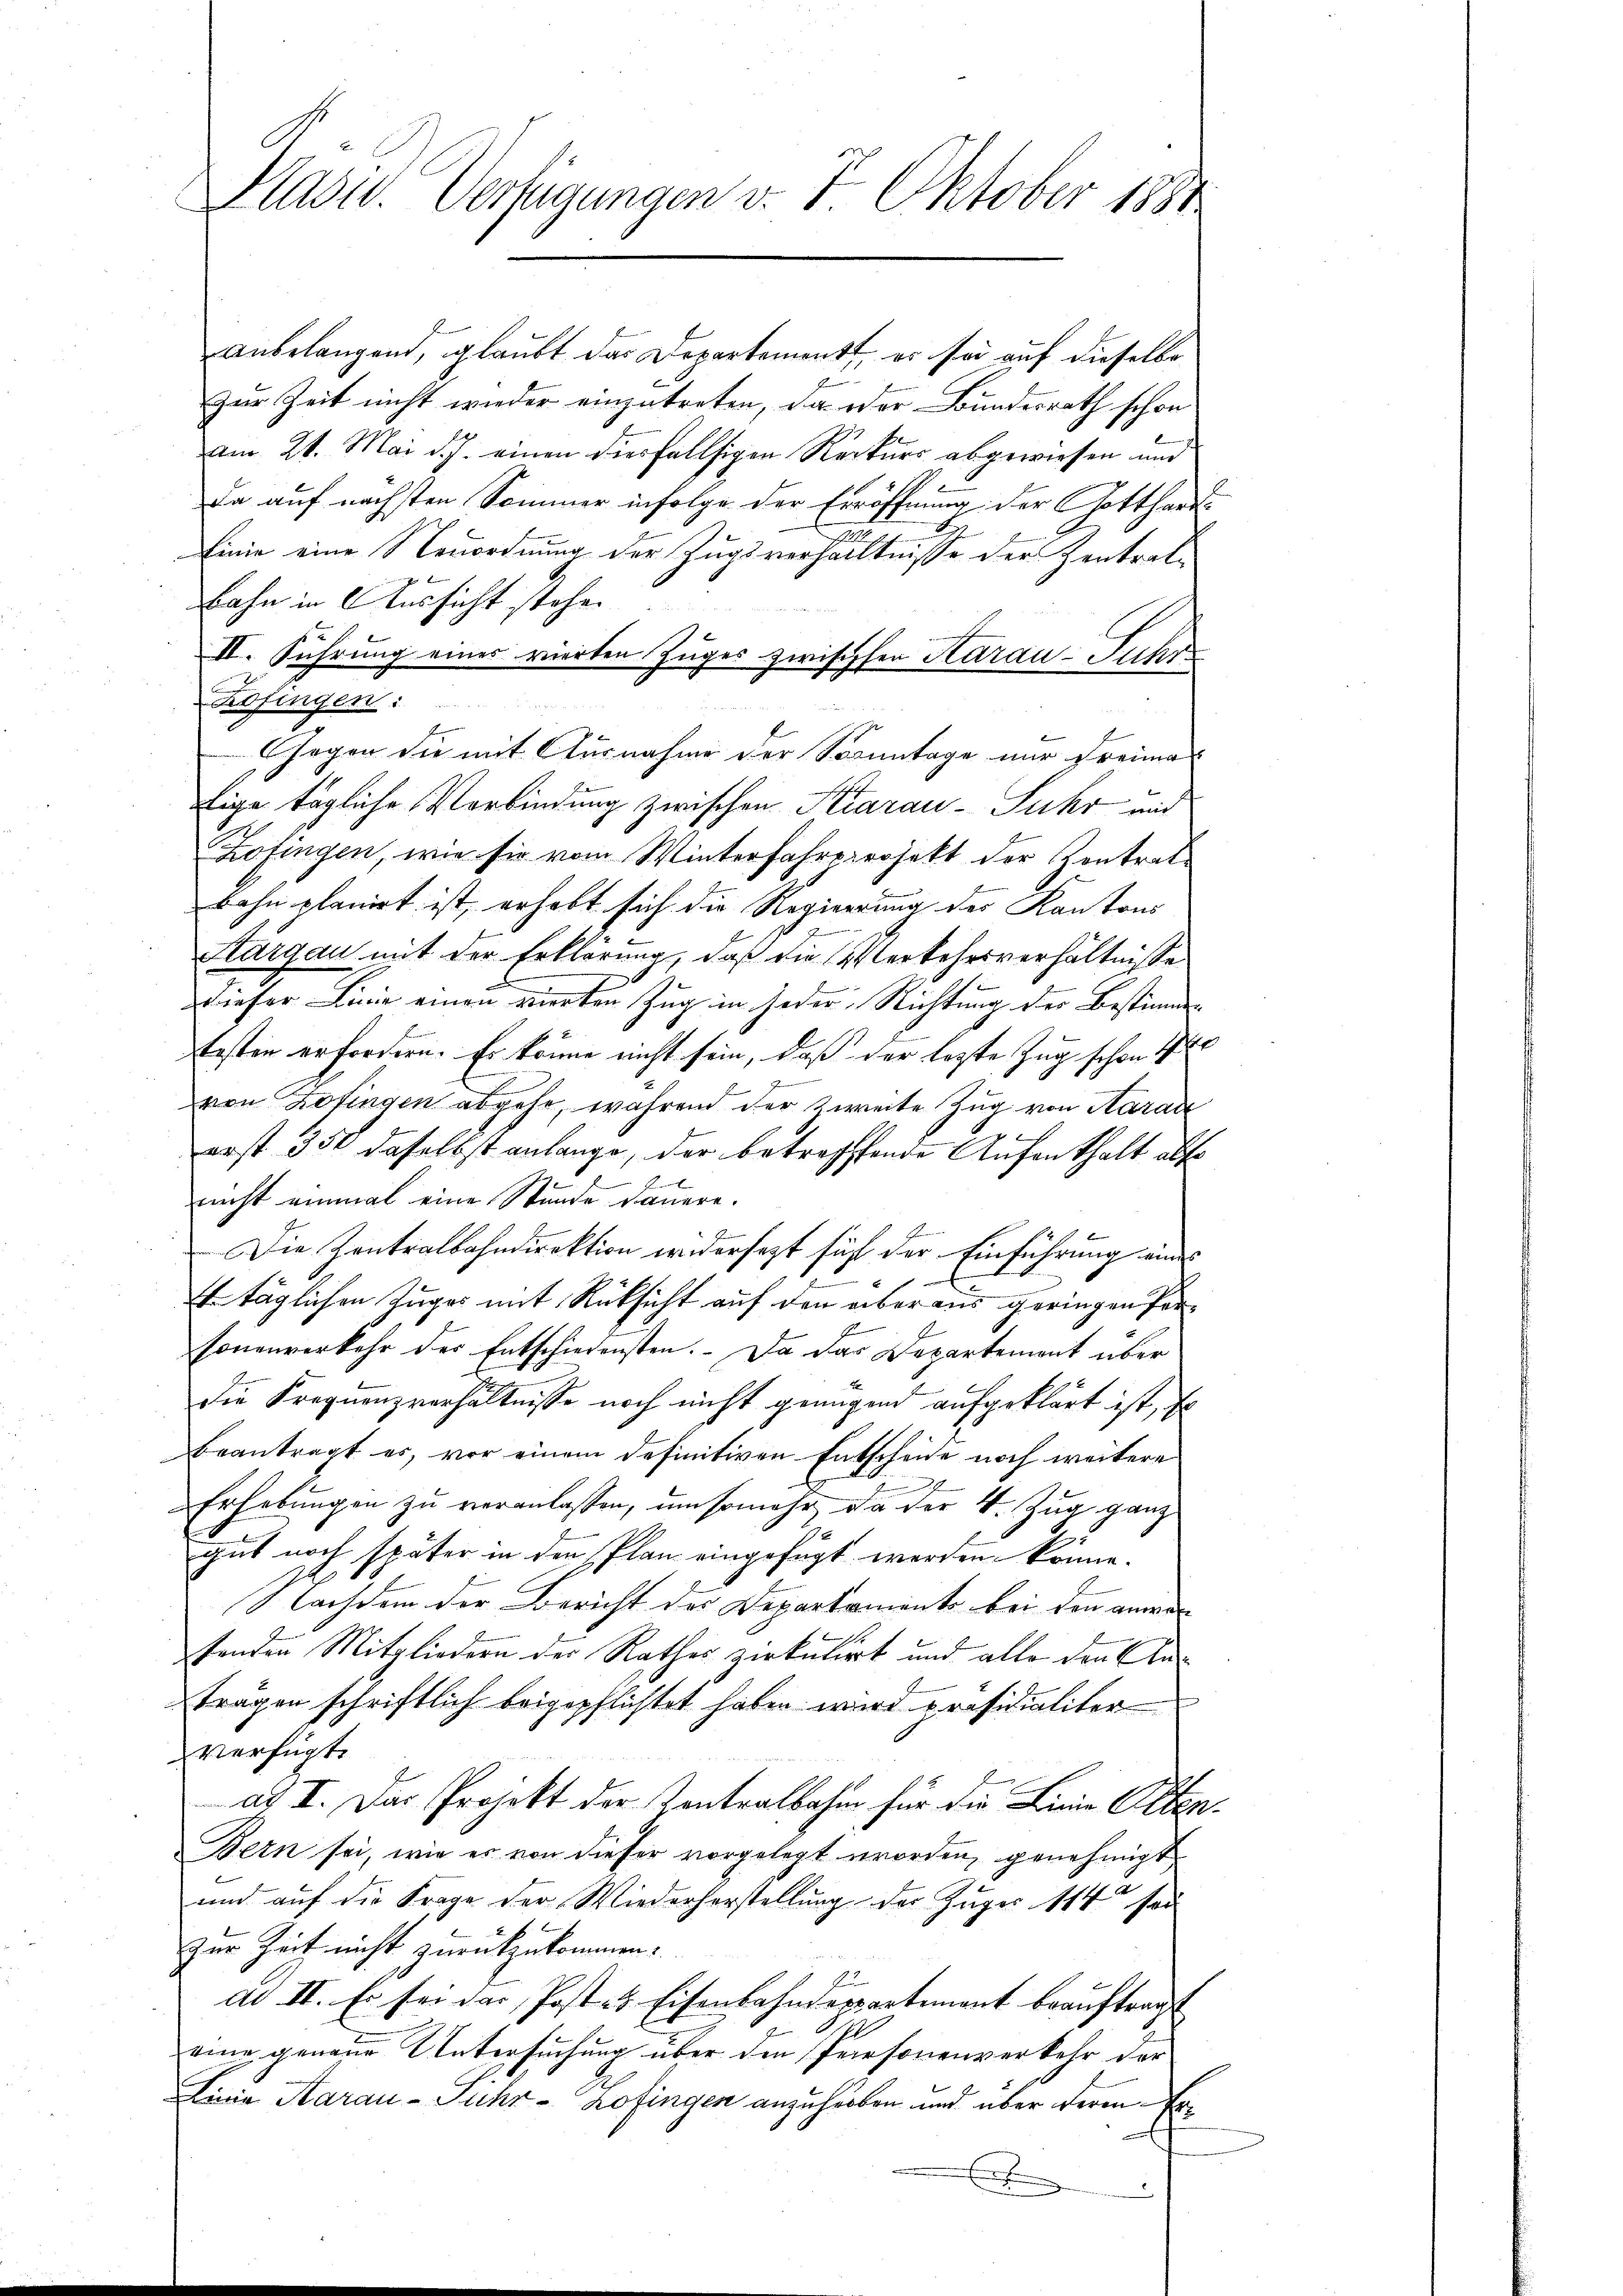
Klass. Verfügungen v. 7. Oktober 1881

anbelangend, glaubt das Departement, es sei auf dieselbe
zur Zeit nicht wieder einzutreten, da oder Bundesrath schon
am 21. Mai d. J. einen diesfallsigen Rekurs abgewiesen und
da auf nächsten Sommer infolge der Eröffnung der Gotthard¬
Linie eine Neuordnung der Zugsverhältnisse der Zentralbahn in Aussicht stehe.
II. Führung eines vierten Zuges zwischen Aarau-Juhre
Kofingen:
1 Gegen die mit Ausnahme der Sonntage nur dreima
fige tägliche Verbindung zwischen Aarau-Suhr und
Zofingen, wie sie vom Winterfahrprojekt der Kontratbahn planirt ist, erhebt sich die Regierung des Kantons
Aargau mit der Erklärung, daß die Verkehrsverhältnisse
dieser Linie einen vierten Zug in jeder Richtung der Bestimm-
festen erfordern. Er könne nicht sein, daß der lezte Zug schon 1
von Zofingen abgehe, während der zweite Zug von Aarau
erst 350 daselbst anlange, der betreffende Aufenthalt alt
E
F
nicht einmal eine Stunde dauere.
b
2
Die Zentralbahndirektion widersezt sich der Einführung eines
.
täglichen Zuges mit Rücksicht auf den über aus geringen Personenverkehr der Entschiedensten. Da das Departement über
die Frequenzverhältnisse noch nicht genügend aufgeklärt ist, so
Beantragt es, vor einem definitiven Entscheide noch weitere
h
.
Erhebungen zu veranlassen, um somehr, da der V. Zug ganz
gut noch später in den Plan eingefügt werden könne.
.
Nachdem der Bericht des Departements bei den an
s
senden Mitgliedern der Rathes zirkulirt und alle den Anträgen schriftlich beigepflichtet haben wird präsidialiter
verfügt:
ad II. Das Projekt der Kontralbahn für die Linie Olten.
Bern sei, wie es von dieser vorgelegt worden, genehmigt
und auf die Frage der Wiederherstellung der Zuger 114 sod
zur Zeit nicht zurückzukommen.
ad II. Es sei das Post- & Eisenbahndeppartement beauftragst
eine genaue Untersuchung über den Personenverkehr der
Linie Aarau - Fuhr-Kofingen anzuheben und über deren Er¬
.